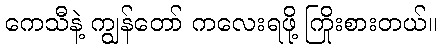
ကေသီနဲ့ ကျွန်တော် ကလေးရဖို့ ကြိုးစားတယ်။